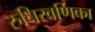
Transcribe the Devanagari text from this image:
रुधिरवर्णिका